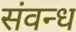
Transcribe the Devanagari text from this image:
संवन्ध